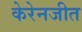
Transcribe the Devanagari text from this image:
केरेनजीत